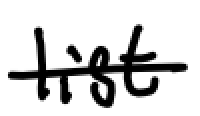
Text: list
Cross-out: single-line
Writing tool: digital_black